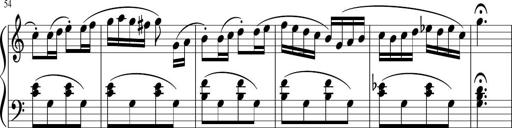
Title: 3 Sonatinen
Composer: Heinrich Lichner